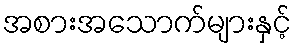
အစားအသောက်များနှင့်